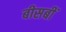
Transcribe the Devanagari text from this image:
बीसबीं